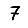
Digit: 7